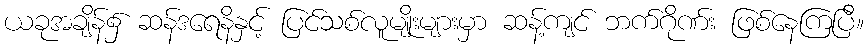
ယခုအချိန်၌ ဆန်ဒရေနိနှင့် ပြင်သစ်လူမျိုးများမှာ ဆန့်ကျင် ဘက်ဂိုဏ်း ဖြစ်နေကြပြီ။